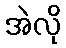
အဲလို